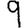
Digit: 9